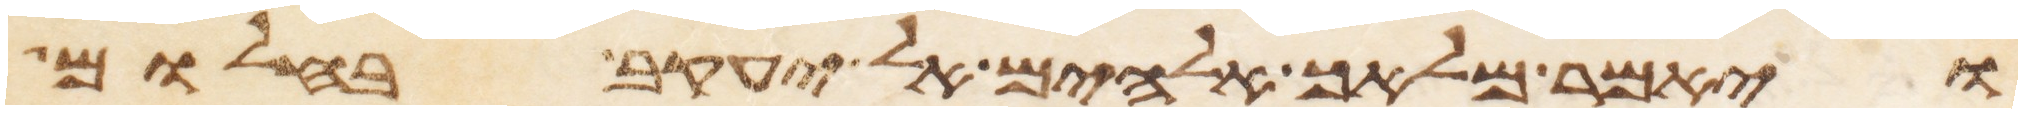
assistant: ויאמר מלאך אלהים אל יעקב בחלום